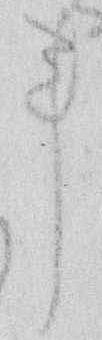
事